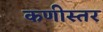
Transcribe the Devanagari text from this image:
कणीस्तर